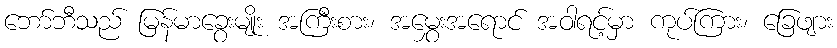
ဘော်ဘီသည် မြန်မာခွေးမျိုး အကြီးစား၊ အမွှေးအရောင် အဝါရင့်မှာ ကုပ်ကြား၊ ခြေဖျား